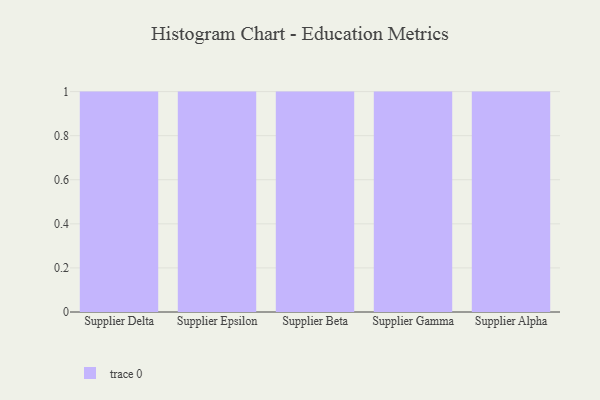
{"axis": {"x": "Supplier", "y": "Backlog"}, "legend": [""], "data": [{"x": "Supplier Delta", "y": 28, "type": ""}, {"x": "Supplier Epsilon", "y": 2, "type": ""}, {"x": "Supplier Beta", "y": 64, "type": ""}, {"x": "Supplier Gamma", "y": 65, "type": ""}, {"x": "Supplier Alpha", "y": 79, "type": ""}]}